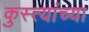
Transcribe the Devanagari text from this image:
कुस्त्यांच्या